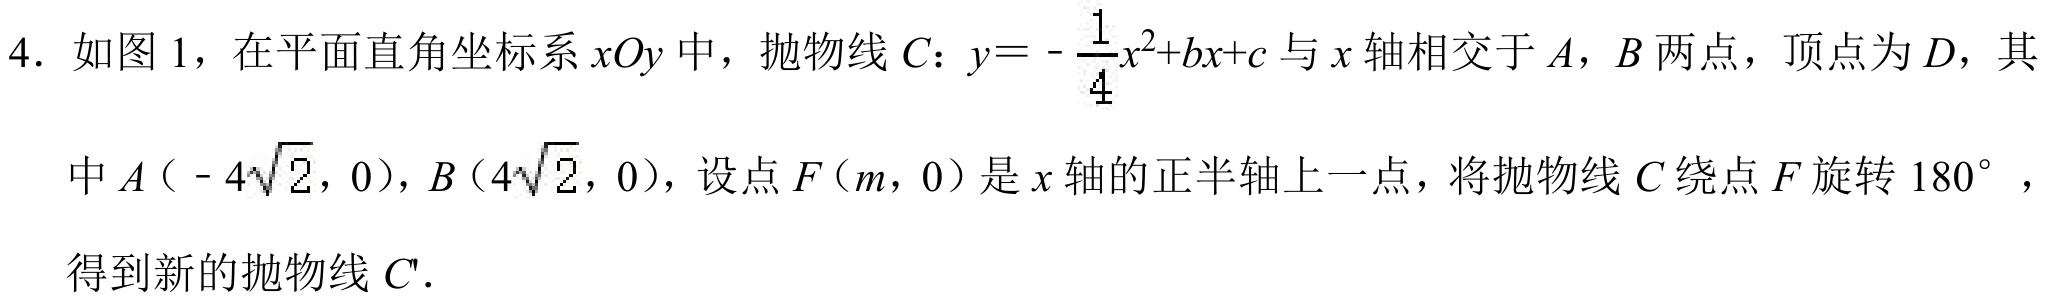
4. 如图1，在平面直角坐标系\(xOy\)中，抛物线\(C\)：\(y = -\frac{1}{4}x^{2}+bx + c\)与\(x\)轴相交于\(A\)，\(B\)两点，顶点为\(D\)，其中\(A（ - 4\sqrt{2},0）\)，\(B（4\sqrt{2},0）\)，设点\(F（m,0）\)是\(x\)轴的正半轴上一点，将抛物线\(C\)绕点\(F\)旋转\(180^{\circ}\)，得到新的抛物线\(C'\).